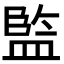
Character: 𭾋